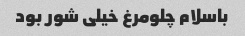
باسلام چلومرغ خیلی شور بود